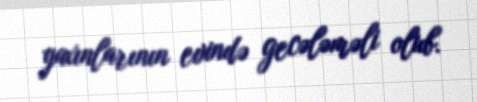
yaxınlarının evində gecələməli olub.